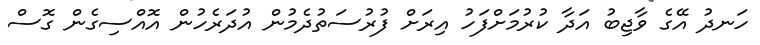
ހަނދު އޭގެ ވާޖިބު އަދާ ކުރުމަށްފަހު އިރަށް ފުރުސަތުދެމުން އުދަރެހުން އޮއްސިގެން ގޮސް